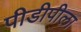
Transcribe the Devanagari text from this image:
पीडीपीला